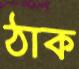
ঠাক